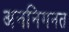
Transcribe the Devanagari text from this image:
अननिगनत